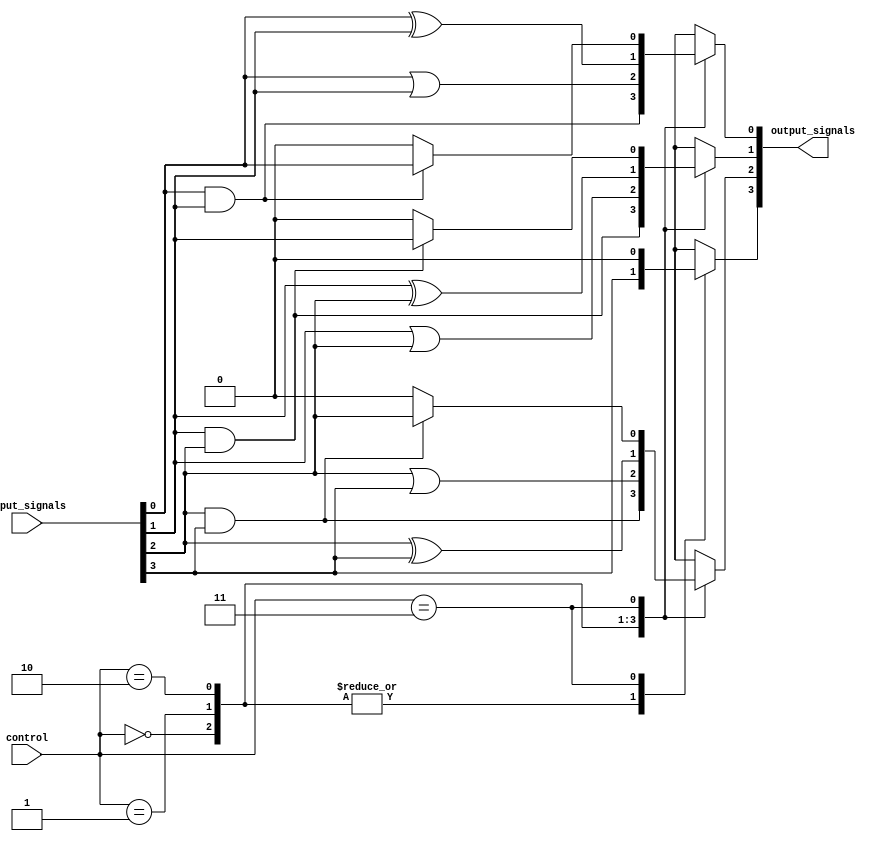
module adjacency_groups #(
    parameter WIDTH = 4 // Number of input signals
)(
    input wire [WIDTH-1:0] input_signals, // Input signals A, B, C, ...
    input wire [1:0] control,              // Control signals for operations:
                                            // 00: AND operation
                                            // 01: OR operation
                                            // 10: XOR operation
                                            // 11: output adjacent pairs
    output wire [WIDTH-1:0] output_signals // Output results
);

    wire [WIDTH-1:0] adjacent_results[WIDTH-2:0];
    
    // Adjacency detection and logic operation
    genvar i;
    generate
        for (i = 0; i < WIDTH - 1; i = i + 1) begin : adjacency_block
            // Comparing adjacent signals
            assign adjacent_results[i] = (input_signals[i] & input_signals[i + 1]) ? input_signals[i] : 1'b0; // AND operation
        end
    endgenerate

    // Combine results based on control signal
    generate
        for (i = 0; i < WIDTH; i = i + 1) begin : output_logic
            always @* begin
                case (control)
                    2'b00: output_signals[i] = (i < WIDTH - 1) ? (input_signals[i] & input_signals[i + 1]) : input_signals[i]; // AND
                    2'b01: output_signals[i] = (i < WIDTH - 1) ? (input_signals[i] | input_signals[i + 1]) : input_signals[i]; // OR
                    2'b10: output_signals[i] = (i < WIDTH - 1) ? (input_signals[i] ^ input_signals[i + 1]) : input_signals[i]; // XOR
                    2'b11: output_signals[i] = (i < WIDTH - 1) ? adjacent_results[i] : 1'b0; // output adjacent results
                    default: output_signals[i] = 1'b0;
                endcase
            end
        end
    endgenerate

endmodule